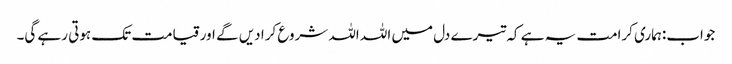
جواب:ہماری کرامت یہ ہے کہ تیرے دل میں اللہ اللہ شروع کرا دیں گے اور قیامت تک ہوتی رہے گی۔